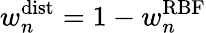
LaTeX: w_{n}^{\mathrm{dist}}=1-w_{n}^{\mathrm{RBF}}